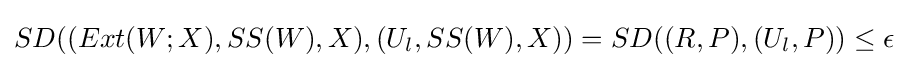
SD((Ext(W;X),SS(W),X),(U_{l},SS(W),X))=SD((R,P),(U_{l},P))\leq \epsilon